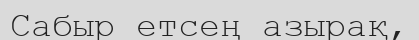
Сабыр етсең азырақ,